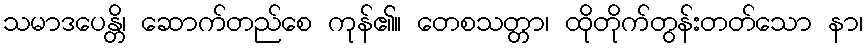
သမာဒပေန္တိ၊ ဆောက်တည်စေ ကုန်၏။ တေစသတ္တာ၊ ထိုတိုက်တွန်းတတ်သော နာ၊